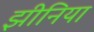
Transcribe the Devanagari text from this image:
झीनिया